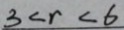
3 < r < 6